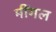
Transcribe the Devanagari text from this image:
मींगल